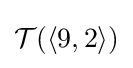
{\mathcal {T}}(\langle 9,2\rangle )